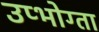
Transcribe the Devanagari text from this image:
उप्भोग्ता